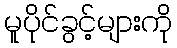
မူပိုင်ခွင့်များကို